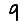
Digit: 9